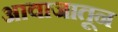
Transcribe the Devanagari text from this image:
आवाजातून